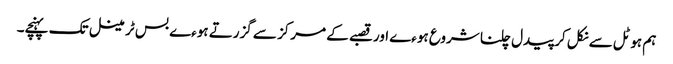
ہم ہوٹل سے نکل کر پیدل چلنا شروع ہوءے اور قصبے کے مرکز سے گزرتے ہوءے بس ٹرمینل تک پہنچے۔